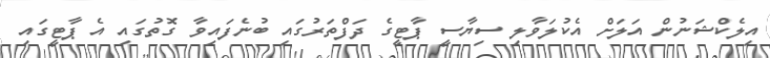
އިލެކްޝަނުން އަލަށް އެކުލަވާލި ސިޔާސީ ޕާޓީގެ ދަފްތަރުގައި ބުނެފައިވާ ގޮތުގައި އެ ޕާޓީގައި